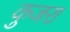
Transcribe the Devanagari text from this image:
कुजरा